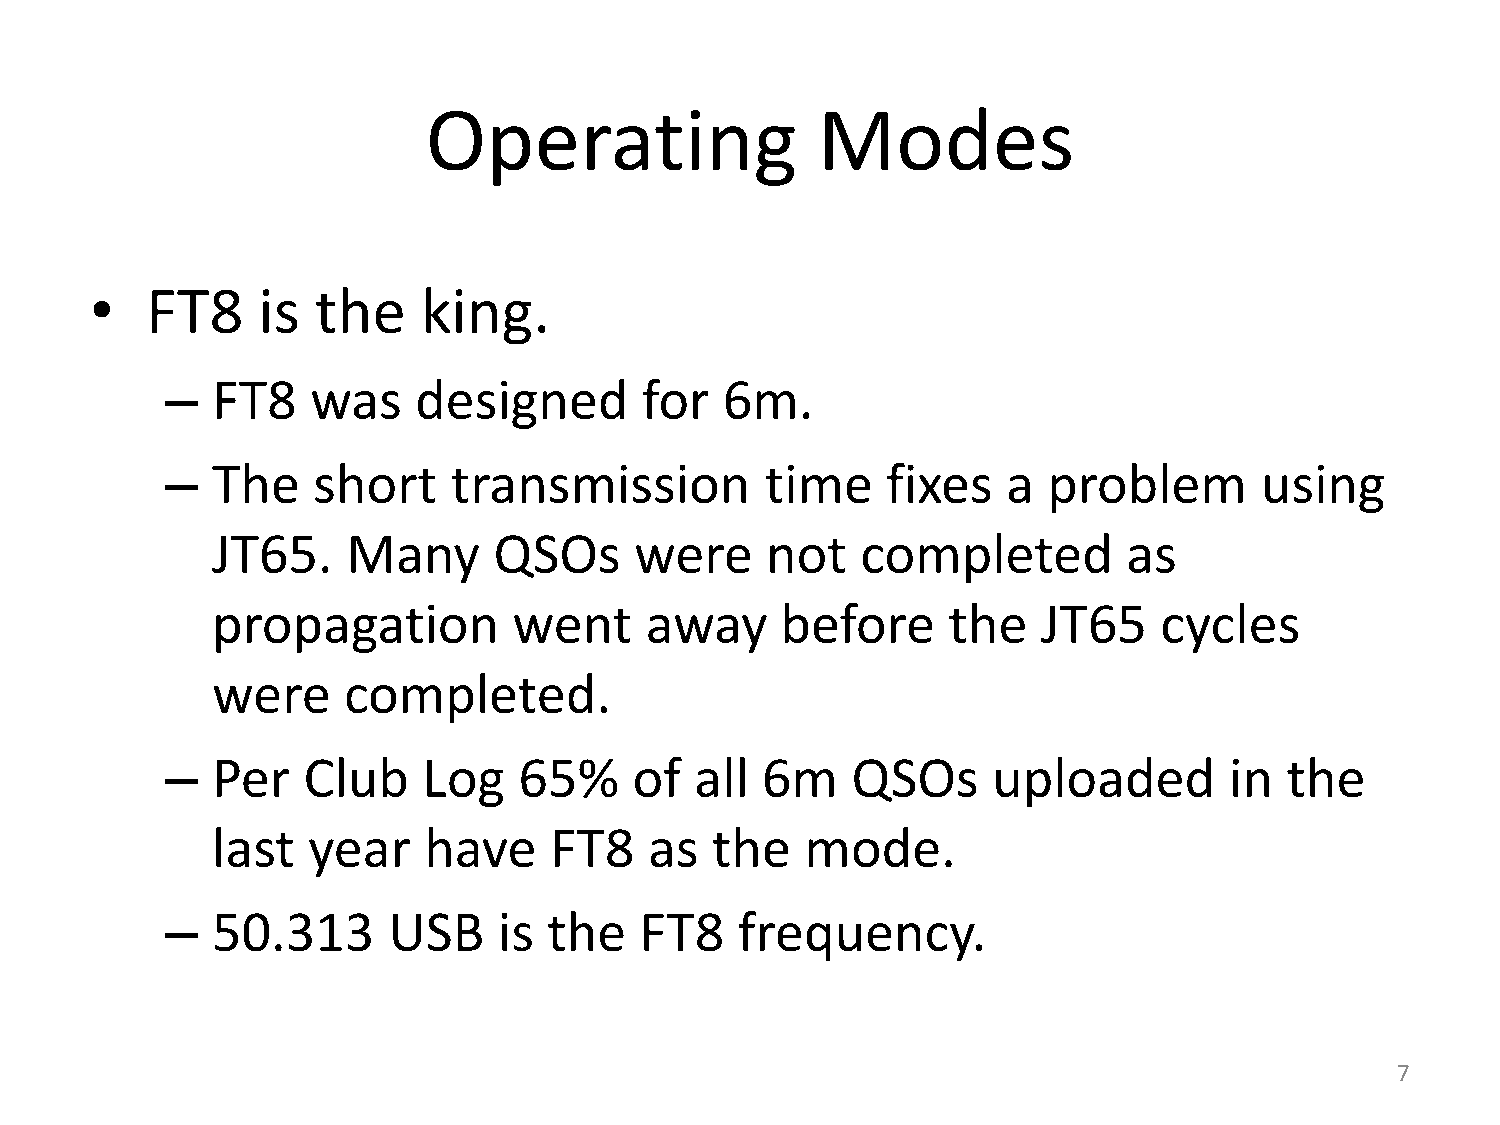
Operating                 Modes
 •   FT8    is  the    king.
 –  FT8    was   designed       for   6m.
 –  The    short    transmission         time    fixes   a problem       using
 JT65.    Many      QSOs     were     not   completed         as
 propagation         went     away     before     the   JT65    cycles
 were     completed.
 –  Per   Club    Log   65%     of  all 6m    QSOs      uploaded       in  the
 last  year    have    FT8    as  the   mode.
 –  50.313      USB    is the   FT8    frequency.
 7